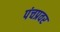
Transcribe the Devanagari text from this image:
पंचप्रवर